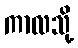
ကာလသို့